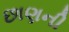
છાણની